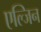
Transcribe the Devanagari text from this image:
एल्जिन